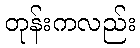
တုန်းကလည်း